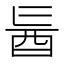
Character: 𮠙